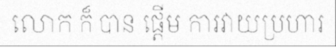
លោក ក៏ បាន ផ្តើម ការវាយប្រហារ